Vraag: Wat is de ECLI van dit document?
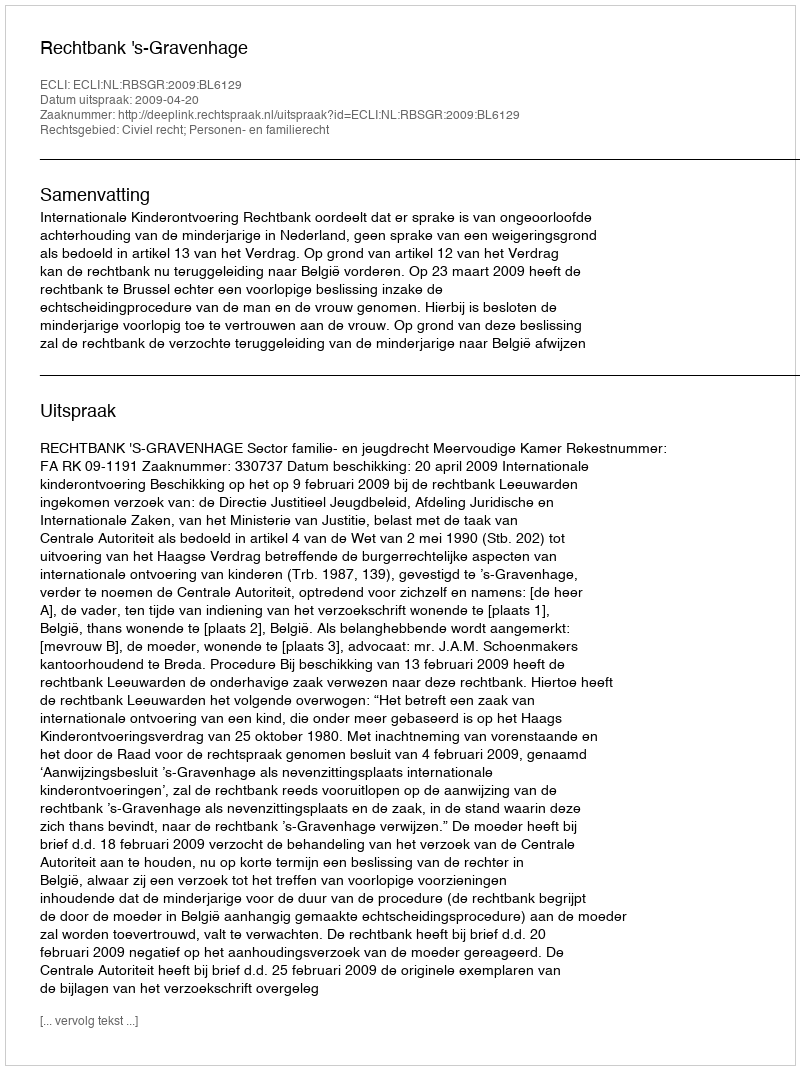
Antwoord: ECLI:NL:RBSGR:2009:BL6129